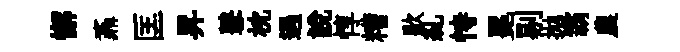
懈鼒匡昇鼕枕遇説惇糟歇糺恃冕剔拋霸農